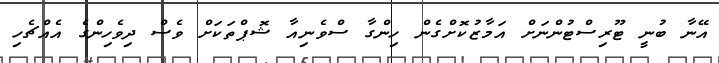
އޭނާ ބުނީ ޓޫރިސްޓުންނަށް އަމާޒުކޮށްގެން ހިންގާ ސްވެނިއާ ޝޮޕްތަކަށް ވެސް ދިވެހިންގެ އެއްޗެހި